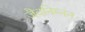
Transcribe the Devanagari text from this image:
जैवनिम्नन